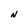
Character: N